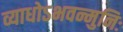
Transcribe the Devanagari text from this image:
व्याधोऽभवन्मुनिः